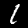
Digit: 1